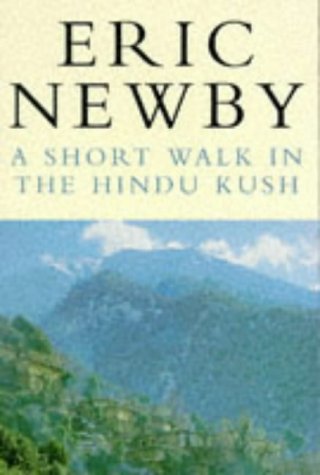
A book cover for A SHORT WALK IN THE HINDU KUSH (PICADOR BOOKS); Eric Newby; Travel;